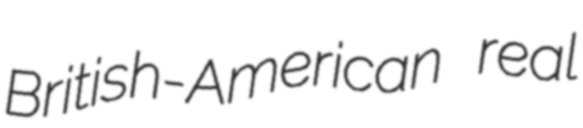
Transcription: British-American real